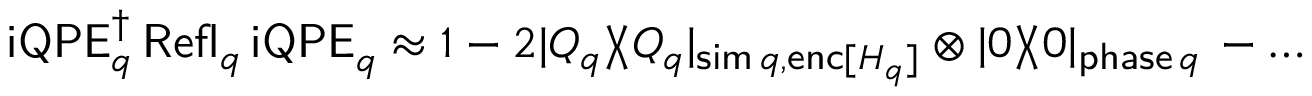
\begin{array} { r } { \mathsf { i Q P E } _ { q } ^ { \dagger } \, \mathsf { R e f l } _ { q } ^ { \phantom { \dagger } } \, \mathsf { i Q P E } _ { q } ^ { \phantom { \dagger } } \approx 1 - 2 | Q _ { q } \rangle \! \langle Q _ { q } | _ { \mathsf { s i m } \, q , \mathsf { e n c } [ H _ { q } ] } \otimes | \boldsymbol { 0 } \rangle \! \langle \boldsymbol { 0 } | _ { \mathsf { p h a s e } \, q } \, - \dots } \end{array}